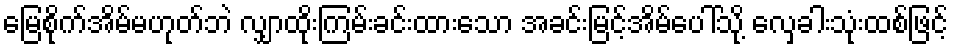
မြေစိုက်အိမ်မဟုတ်ဘဲ လျှာထိုးကြမ်းခင်းထားသော အခင်းမြင့်အိမ်ပေါ်သို့ လှေခါးသုံးထစ်ဖြင့်